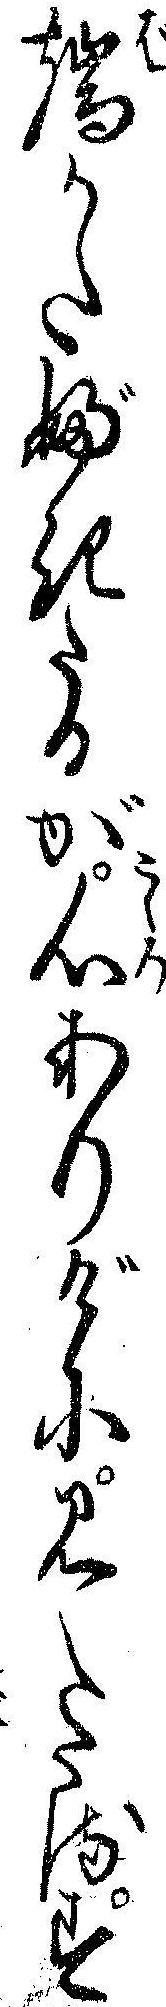
端かたぶきたるが心ありげに見えたるす